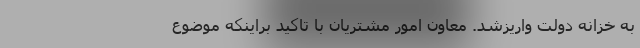
به خزانه دولت واریزشد. معاون امور مشتریان با تاکید براینکه موضوع